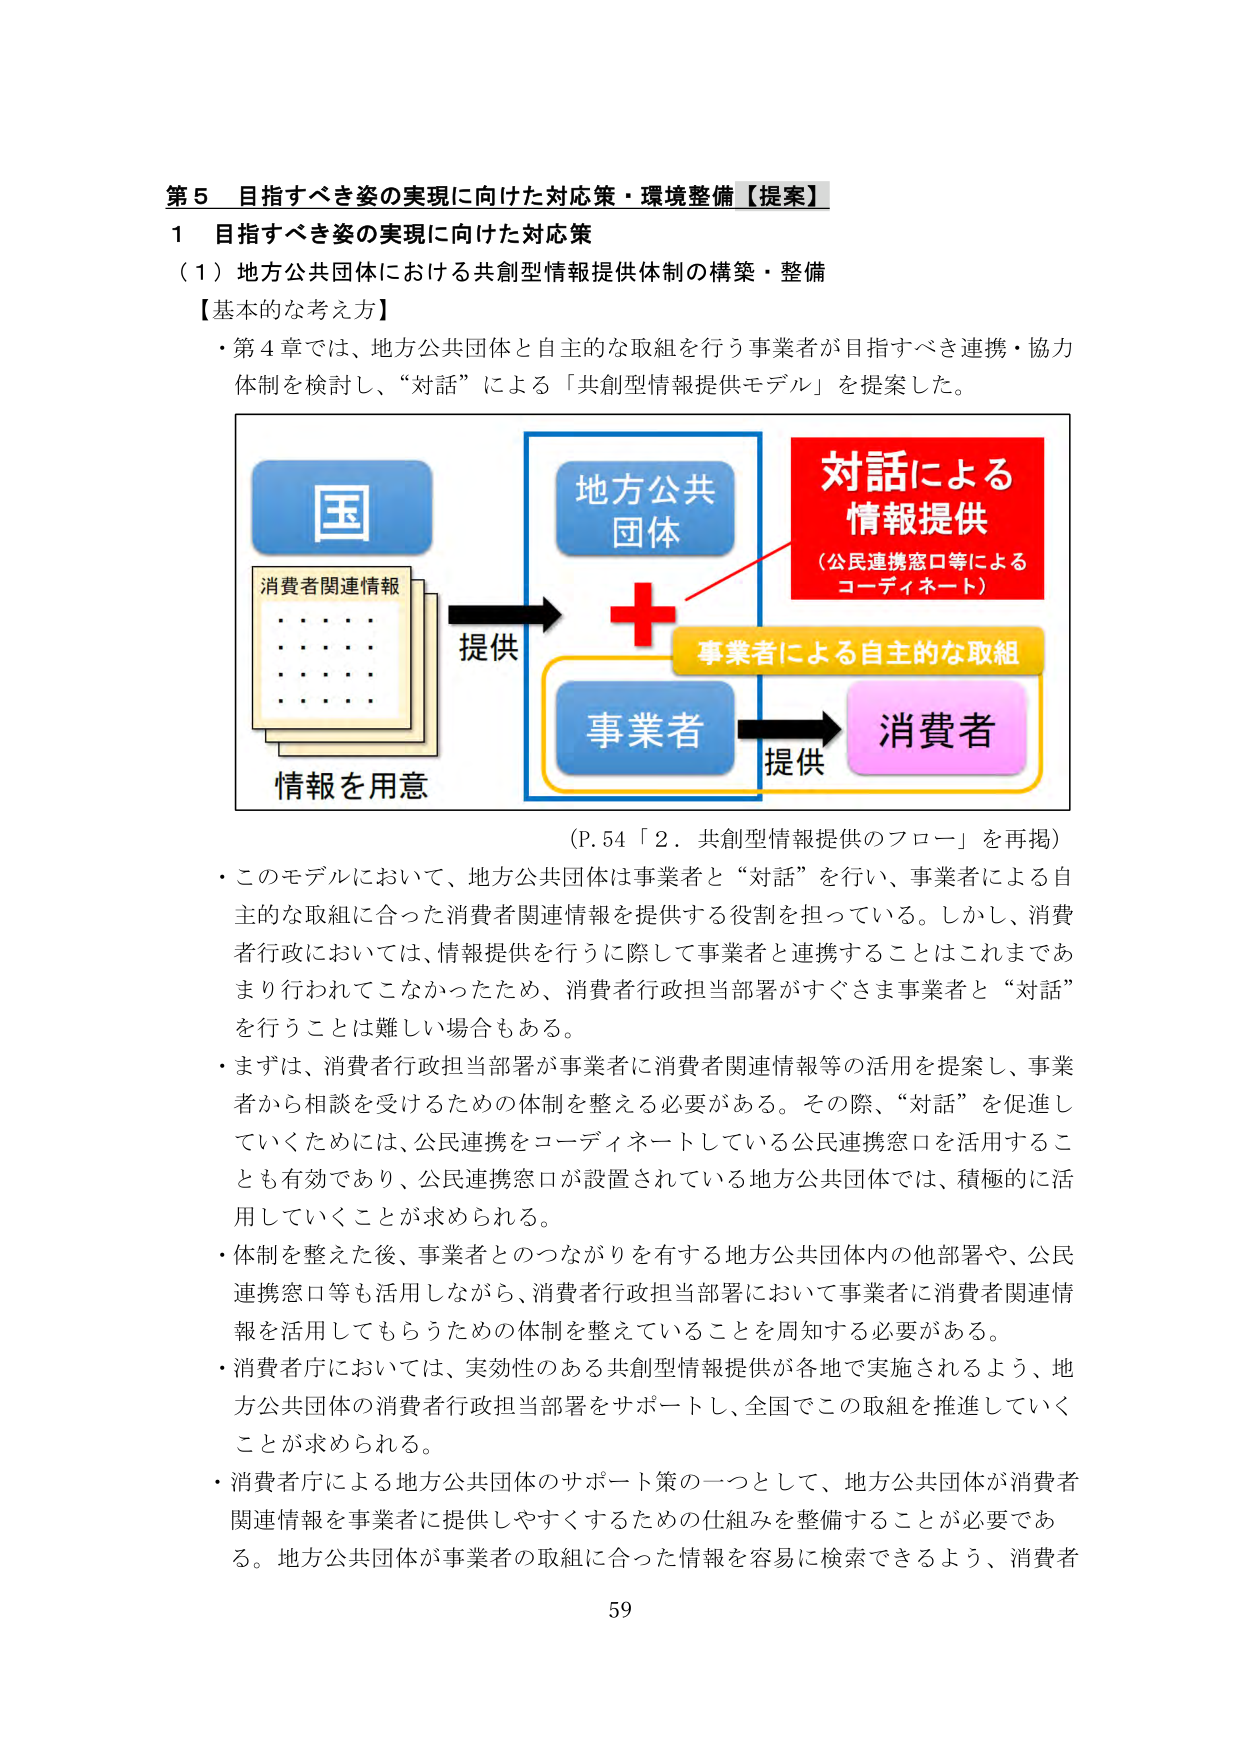
第５　目指すべき姿の実現に向けた対応策・環境整備【提案】
１　目指すべき姿の実現に向けた対応策
（１）地方公共団体における共創型情報提供体制の構築・整備
【基本的な考え方】
・第４章では、地方公共団体と自主的な取組を行う事業者が目指すべき連携・協力
体制を検討し、“対話”による「共創型情報提供モデル」を提案した。

国
消費者関連情報
・・・・
・・・・
・・・・
情報を用意
提供
地方公共
団体
＋
対話による
情報提供
（公民連携窓口等による
コーディネート）
事業者による自主的な取組
事業者
提供
消費者

（P.54「2．共創型情報提供のフロー」を再掲）
・このモデルにおいて、地方公共団体は事業者と“対話”を行い、事業者による自
主的な取組に合った消費者関連情報を提供する役割を担っている。しかし、消費
者行政においては、情報提供を行うに際して事業者と連携することはこれまであ
まり行われてこなかったため、消費者行政担当部署がすぐさま事業者と“対話”
を行うことは難しい場合もある。
・まずは、消費者行政担当部署が事業者に消費者関連情報等の活用を提案し、事業
者から相談を受けるための体制を整える必要がある。その際、“対話”を促進し
ていくためには、公民連携をコーディネートしている公民連携窓口を活用するこ
とも有効であり、公民連携窓口が設置されている地方公共団体では、積極的に活
用していくことが求められる。
・体制を整えた後、事業者とのつながりを有する地方公共団体内の他部署や、公民
連携窓口等も活用しながら、消費者行政担当部署において事業者に消費者関連情
報を活用してもらうための体制を整えていることを周知する必要がある。
・消費者庁においては、実効性のある共創型情報提供が各地で実施されるよう、地
方公共団体の消費者行政担当部署をサポートし、全国でこの取組を推進していく
ことが求められる。
・消費者庁による地方公共団体のサポート策の一つとして、地方公共団体が消費者
関連情報を事業者に提供しやすくするための仕組みを整備することが必要であ
る。地方公共団体が事業者の取組に合った情報を容易に検索できるよう、消費者

59